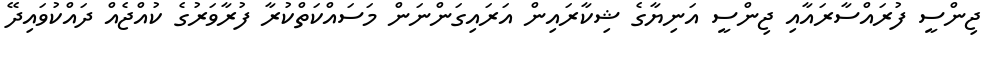
ޖިންސީ ފުރައްސާރައާއި ޖިންސީ އަނިޔާގެ ޝިކާރައިން އަރައިގަންނަން މަސައްކަތްކުރާ ފުރާވަރުގެ ކުއްޖެއް ދައްކުވައިދޭ